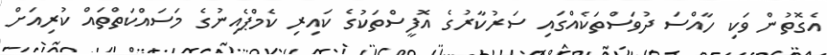
އެގޮތުން ވަކި ހާއްސަ ދުވަސްތަކެއްގައި ސަރުކާރުގެ އޮފީސްތަކުގެ ކައިރި ކެމްޕެއިނުގެ މަސައްކަތްތައް ކުރިއަށް